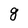
Character: 8